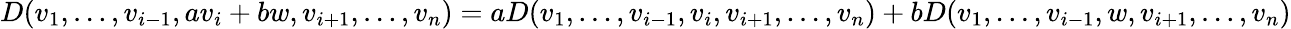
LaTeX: D(v_{1},\dots,v_{i-1},av_{i}+bw,v_{i+1},\dots,v_{n})=aD(v_{1},\dots,v_{i-1},v_{i},v_{i+1},\dots,v_{n})+bD(v_{1},\dots,v_{i-1},w,v_{i+1},\dots,v_{n})